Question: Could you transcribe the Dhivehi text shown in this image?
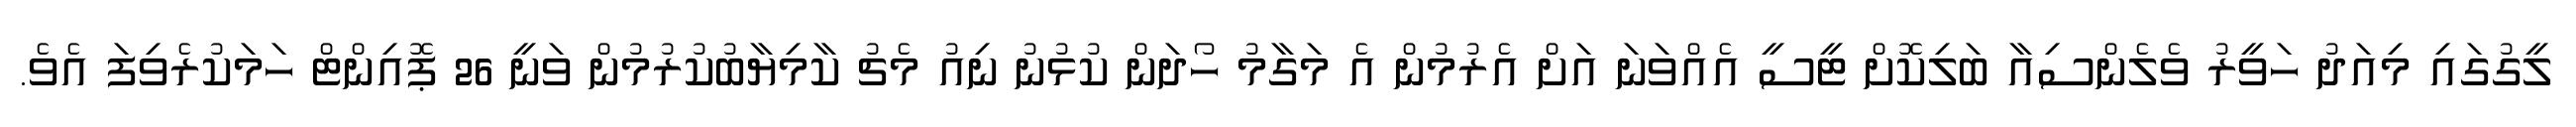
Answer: ލީގުގައި މިއަދު ހަވީރު ވެލެންސިއާ ބަލިކޮށް ޓީސީ އެއްވަނަ އަށް އެރުމުން އެ މަގާމު ހޯދަން ކުޅުނު ނިއު މެޗު ކާމިޔާބުކުރުމުން ވަނީ 26 ޕޮއިންޓް ހަމަކުރެވިފަ އެވެ.